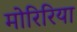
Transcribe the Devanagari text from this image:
मोरिरिया